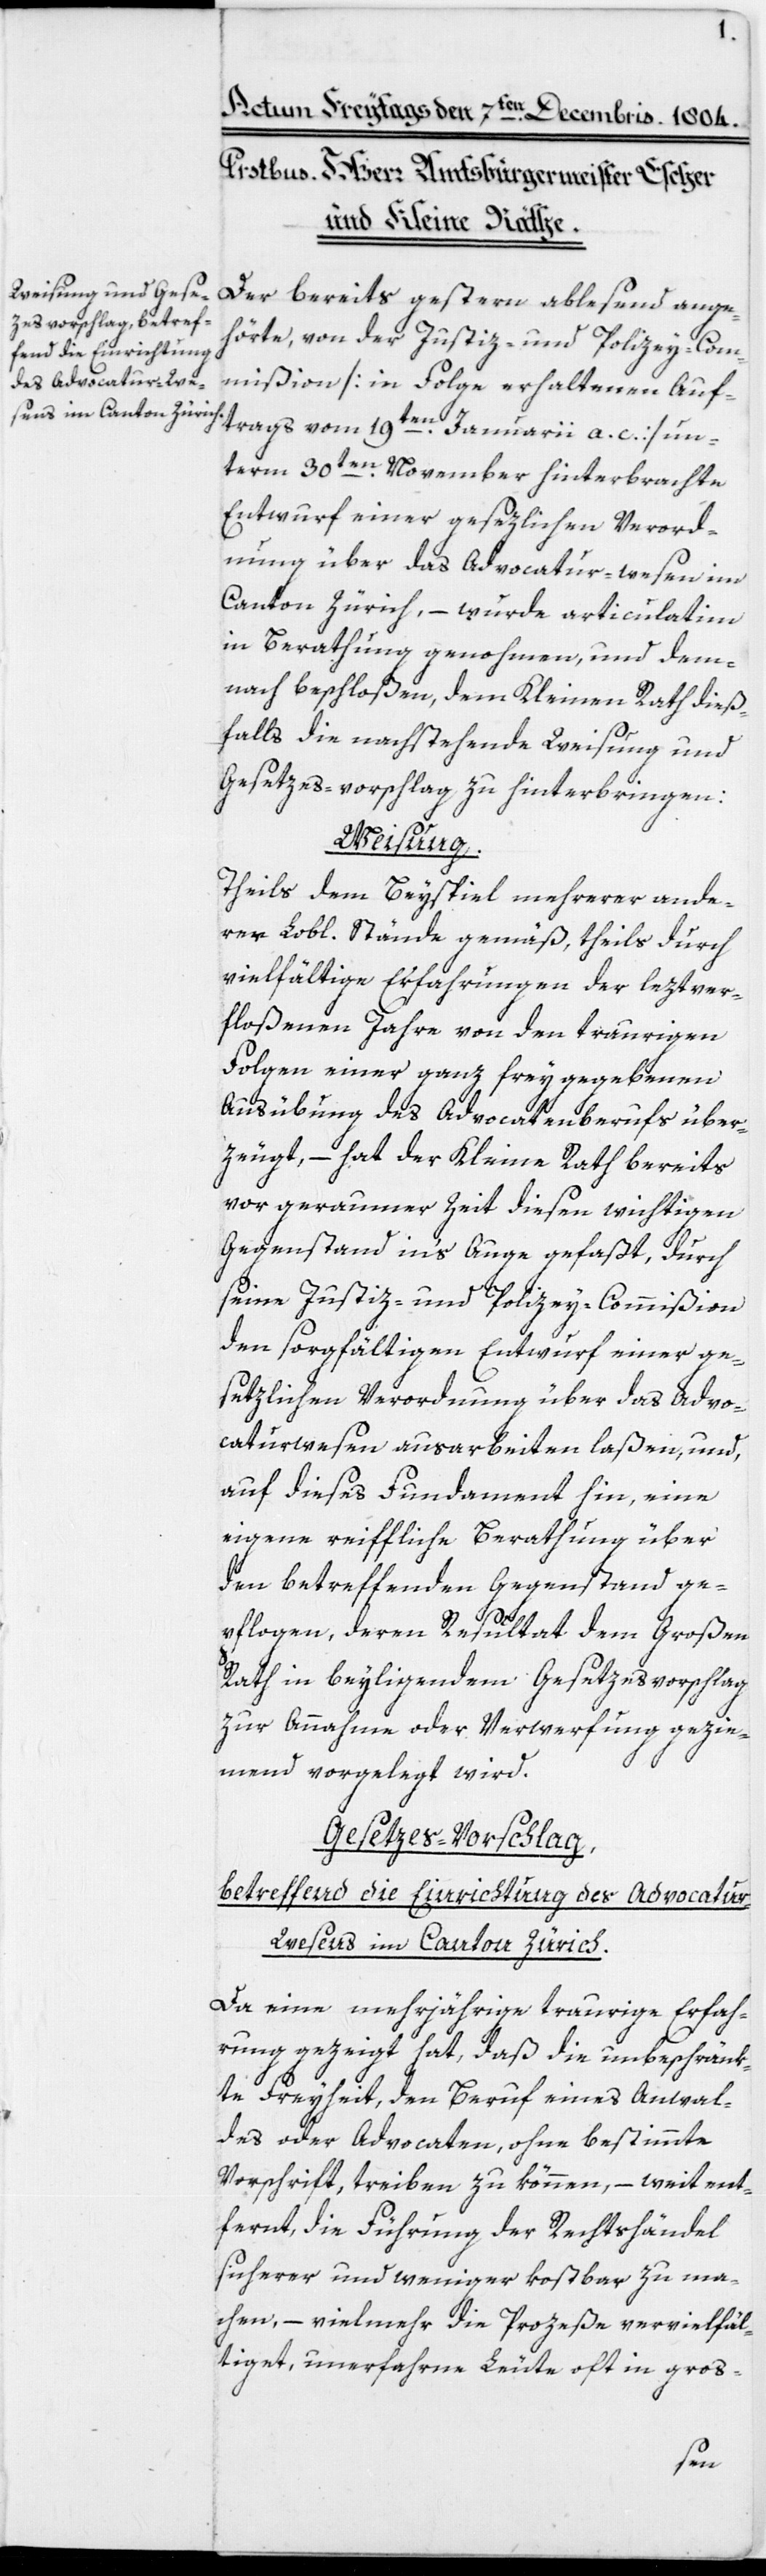
zes-Vorschlag betref¬
fend die Einrichtung
des Advocatur-We¬
sens im Canton Zürich.

Der bereits gestern ablesend ange¬
hörte, von der Justiz- und Polizei-Com¬
mißion [in Folge erhaltenen Auf¬
trags vom 19ten Januarii a. c.] un¬
term 30ten November hinterbrachte
Entwurf einer gesezlichen Verord¬
nung über das Advocatur-wesen im
Canton Zürich, – wurde articulatim
in Berathung genommen, und dem¬
nach beschloßen, dem Kleinen Rath dieß¬
falls die nachstehende Weisung und
Gesetzes-vorschlag zu hinterbringen:
Weisung.
Theils dem Beyspiel mehrerer ande¬
rer Lobl. Stände gemäß, theils durch
vielfältige Erfahrungen der leztver¬
floßenen Jahre von den traurigen
Folgen einer ganz frey gegebenen
Ausübung des Advocatenberufs über¬
zeugt, – hat der Kleine Rath bereits
vor geraumer Zeit diesen wichtigen
Gegenstand in’s Auge gefaßt, durch
seine Justiz- und Polizei-Commißion
den sorgfältigen Entwurf einer ge¬
setzlichen Verordnung über das Advo¬
caturwesen ausarbeiten laßen, und
auf dieses Fundament hin, eine
eigene reiffliche Berathung über
den betreffenden Gegenstand ge¬
pflogen, deren Resultat dem Großen
Rath in beyliegendem Gesetzesvorschlag
zur Annahme oder Verwerfung gezie¬
mend vorgelegt wird.
Da eine mehrjährige traurige Erfah¬
rung gezeigt hat, daß die unbeschränk¬
te Freyheit, den Beruf eines Anwal¬
des oder Advocaten, ohne bestimmte
Vorschrift, treiben zu können, – weit ent¬
fernt, die Führung der Rechtshändel
sicherer und weniger kostbar zu ma¬
chen, – vielmehr die Prozeße vervielfäl¬
tiget, unerfahrne Leute oft in gros-
set¬